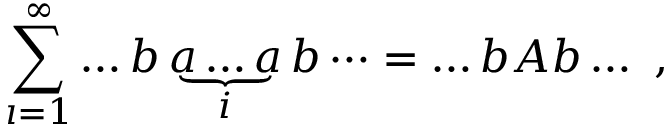
\sum _ { \i = 1 } ^ { \infty } \dots b \underbrace { a \dots a } _ { i } b \dots = \dots b A b \dots \ ,